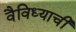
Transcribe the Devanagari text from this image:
वैविध्याची